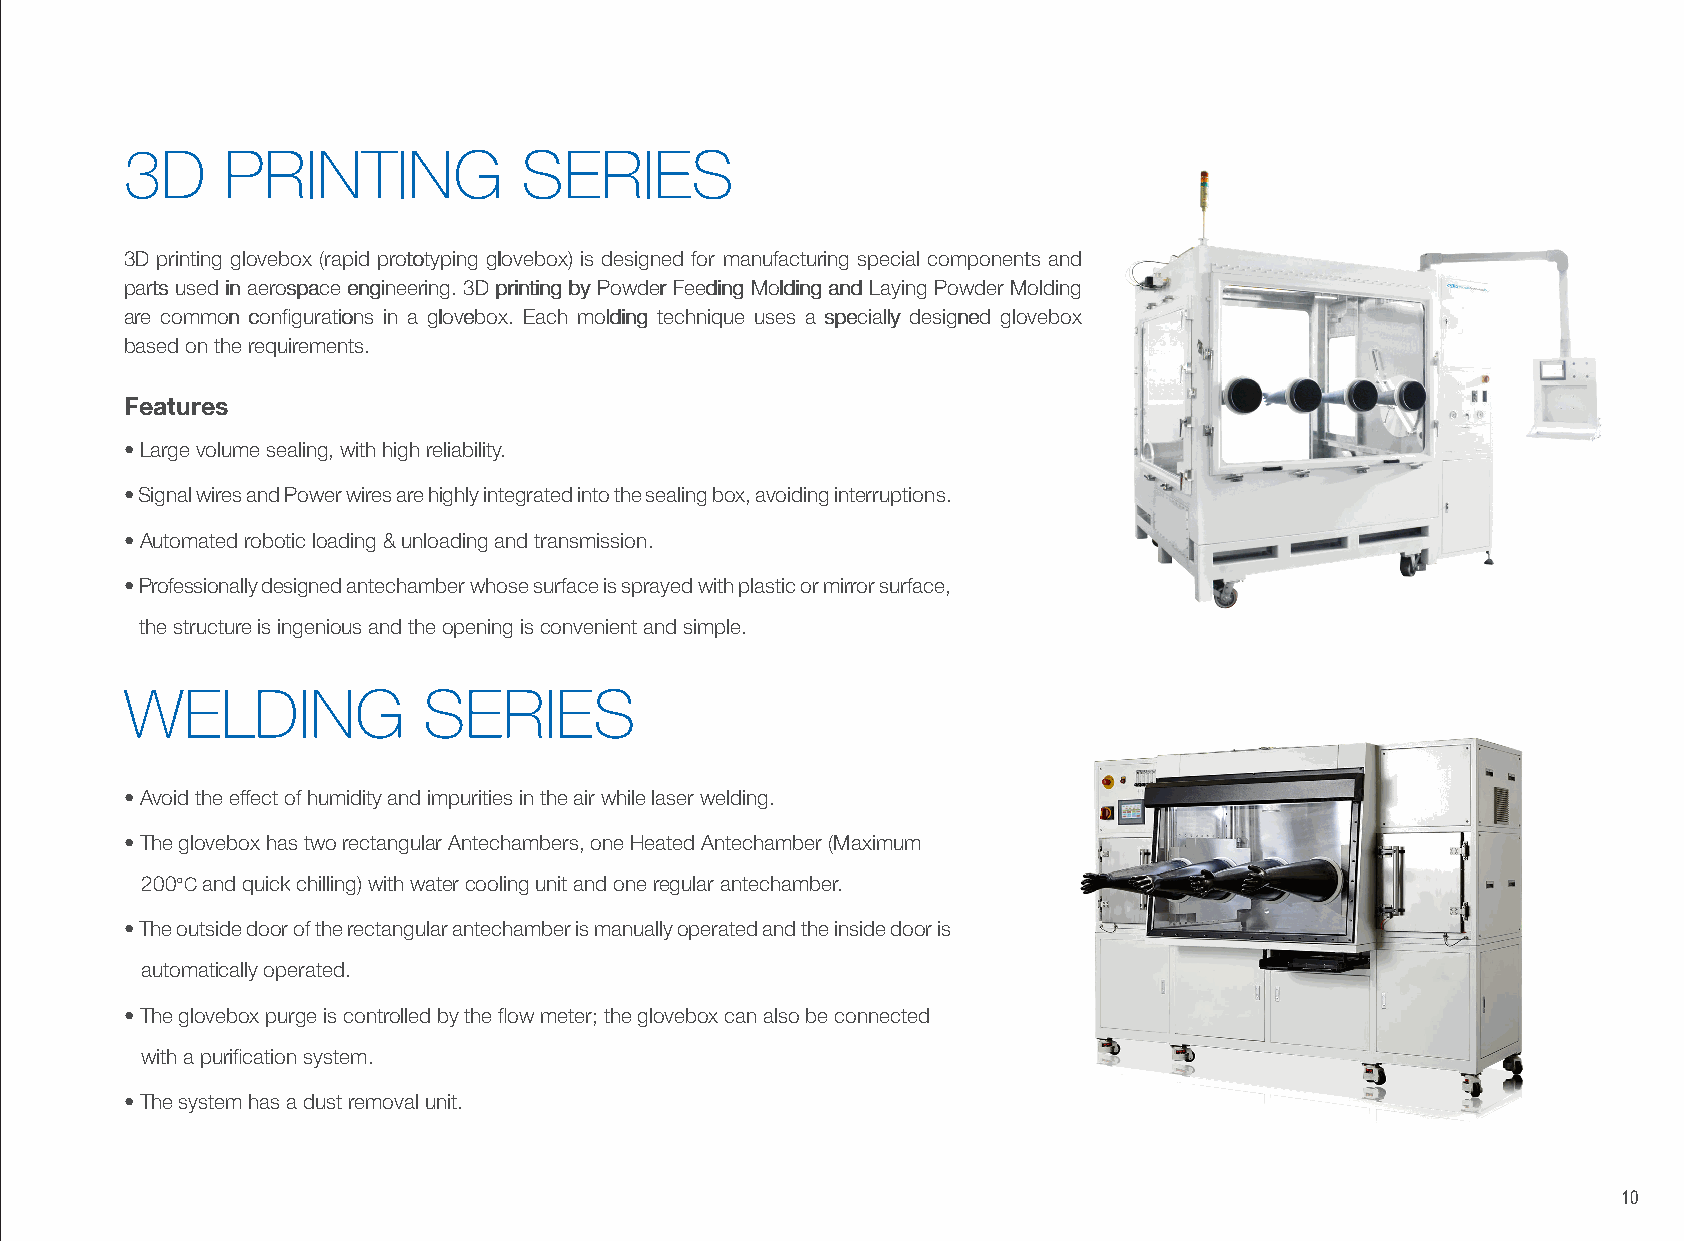
3D     PRINTING           SERIES
 33DD pprriinnttiinngg gglloovveebbooxx ((rraappiidd pprroottoottyyppiinngg gglloovveebbooxx)) iiss ddeessiiggnneedd ffoorr mmaannuuffaaccttuurriinngg ssppeecciiaall ccoommppoonneennttss aanndd
 ppaarrttss uusseedd iinn aaeerroossppaaccee eennggiinneeeerriinngg.. 33DD pprriinnttiinngg bbyy PPoowwddeerr FFeeeeddiinngg MMoollddiinngg aanndd LLaayyiinngg PPoowwddeerr MMoollddiinngg
 aarree ccoommmmoonn ccoonnfifigguurraattiioonnss iinn aa gglloovveebbooxx.. EEaacchh mmoollddiinngg tteecchhnniiqquuee uusseess aa ssppeecciiaallllyy ddeessiiggnneedd gglloovveebbooxx
 bbaasseedd oonn tthhee rreeqquuiirreemmeennttss..
 Features
 • Large volume sealing, with high reliability.
 • Signal wires and Power wires are highly integrated into the sealing box, avoiding interruptions.
 • Automated robotic loading & unloading and transmission.
 • Professionally designed antechamber whose surface is sprayed with plastic or mirror surface,
 the structure is ingenious and the opening is convenient and simple.
 WELDING             SERIES
 • Avoid the effect of humidity and impurities in the air while laser welding.
 • The glovebox has two rectangular Antechambers, one Heated Antechamber (Maximum
 200°C and quick chilling) with water cooling unit and one regular antechamber.
 • The outside door of the rectangular antechamber is manually operated and the inside door is
 automatically operated.
 • The glovebox purge is controlled by the flow meter; the glovebox can also be connected
 with a purification system.
 • The system has a dust removal unit.
 10